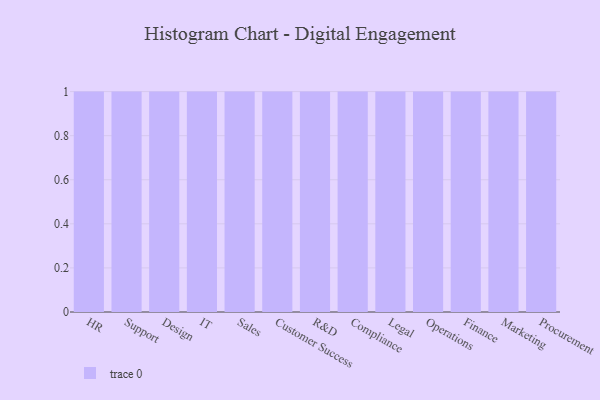
{"axis": {"x": "Department", "y": "Satisfaction Score"}, "legend": [""], "data": [{"x": "HR", "y": 93, "type": ""}, {"x": "Support", "y": 88, "type": ""}, {"x": "Design", "y": 19, "type": ""}, {"x": "IT", "y": 20, "type": ""}, {"x": "Sales", "y": 19, "type": ""}, {"x": "Customer Success", "y": 75, "type": ""}, {"x": "R&D", "y": 64, "type": ""}, {"x": "Compliance", "y": 65, "type": ""}, {"x": "Legal", "y": 93, "type": ""}, {"x": "Operations", "y": 21, "type": ""}, {"x": "Finance", "y": 55, "type": ""}, {"x": "Marketing", "y": 16, "type": ""}, {"x": "Procurement", "y": 25, "type": ""}]}